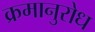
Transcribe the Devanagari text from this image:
क्रमानुरोध